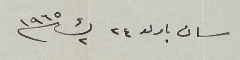
سان باولو ٢٤ ك٢ سنة ١٩٦٥